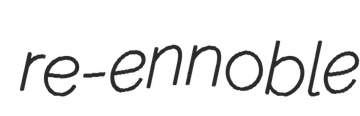
re-ennoble